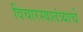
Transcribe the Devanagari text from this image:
विचारस्वातंत्र्याचे